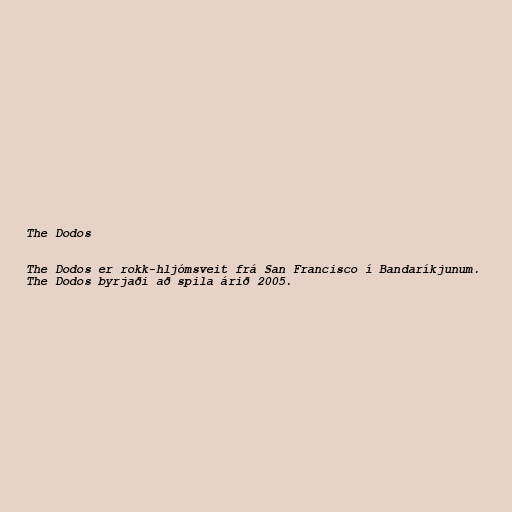
The Dodos

The Dodos er rokk-hljómsveit frá San Francisco í Bandaríkjunum.
The Dodos byrjaði að spila árið 2005.